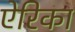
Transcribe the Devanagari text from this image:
ऐरिका